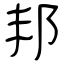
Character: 邦